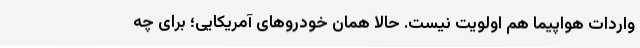
واردات هواپیما هم اولویت نیست. حالا همان خودروهای آمریکایی؛ برای چه